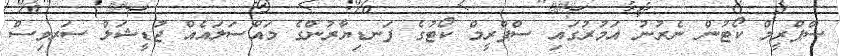
ސްޕްރީމް ކޯޓުން ނެރުނު އަމުރުގައި ސްޕްރީމް ކޯޓުގެ ފަނޑިޔާރުންގެ މައްސަލައެއް ޖުޑީޝަލް ސަރވިސް